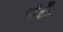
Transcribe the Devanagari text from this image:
पाँईँट